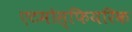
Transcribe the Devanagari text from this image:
एटमोस्फियरिक